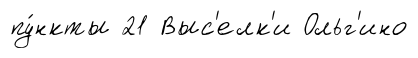
пу́нкты 21 Выс'елк'и Ольг'ино